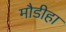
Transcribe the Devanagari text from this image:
मौडीहा